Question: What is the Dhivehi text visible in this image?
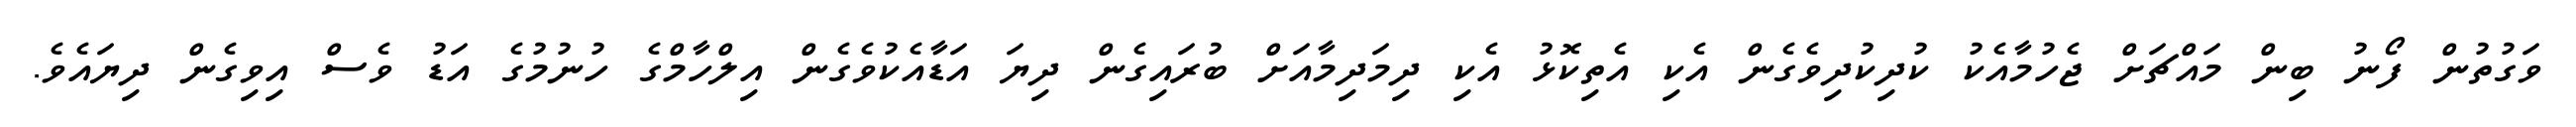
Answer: ވަގުތުން ފޯނު ބިން މައްޗަށް ޖެހުމާއެކު ކުދިކުދިވެގެން އެކި އެތިކޮޅު އެކި ދިމަދިމާއަށް ބުރައިގެން ދިޔަ އަޑާއެކުވެގެން އިލްހާމްގެ ހުނުމުގެ އަޑު ވެސް އިވިގެން ދިޔައެވެ.